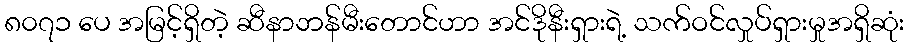
၈၀၇၁ ပေ အမြင့်ရှိတဲ့ ဆီနာဘန်မီးတောင်ဟာ အင်ဒိုနီးရှားရဲ့ သက်ဝင်လှုပ်ရှားမှုအရှိဆုံး